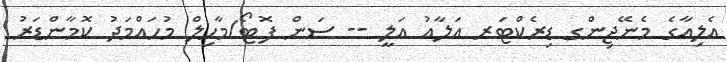
އެލިއާގެ މެނޭޖިންގ ޑިރެކްޓަރ އަލާއު އަލީ -- ސަން ފޮޓޯ/މާހިލް މުހައްމަދު ކޮމާންޑަރު